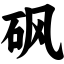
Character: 砜